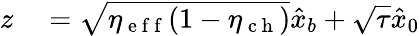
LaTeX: \begin{array}{rl}{z}&{{}=\sqrt{\eta_{\mathrm{~e~f~f~}}(1-\eta_{\mathrm{~c~h~}})}\hat{x}_{b}+\sqrt{\tau}\hat{x}_{0}}\end{array}